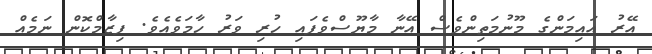
އޭރު އައިމަންގެ މޫނުމަތިންވެސް އޭނާ މާޔޫސްވެފައި ހުރި ވަރު ހާމަވެއެވެ. ފިޒާމްކޮން ނަމެއް